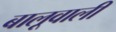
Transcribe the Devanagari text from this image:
बालूवाली